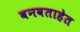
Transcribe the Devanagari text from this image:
बनवताहेत